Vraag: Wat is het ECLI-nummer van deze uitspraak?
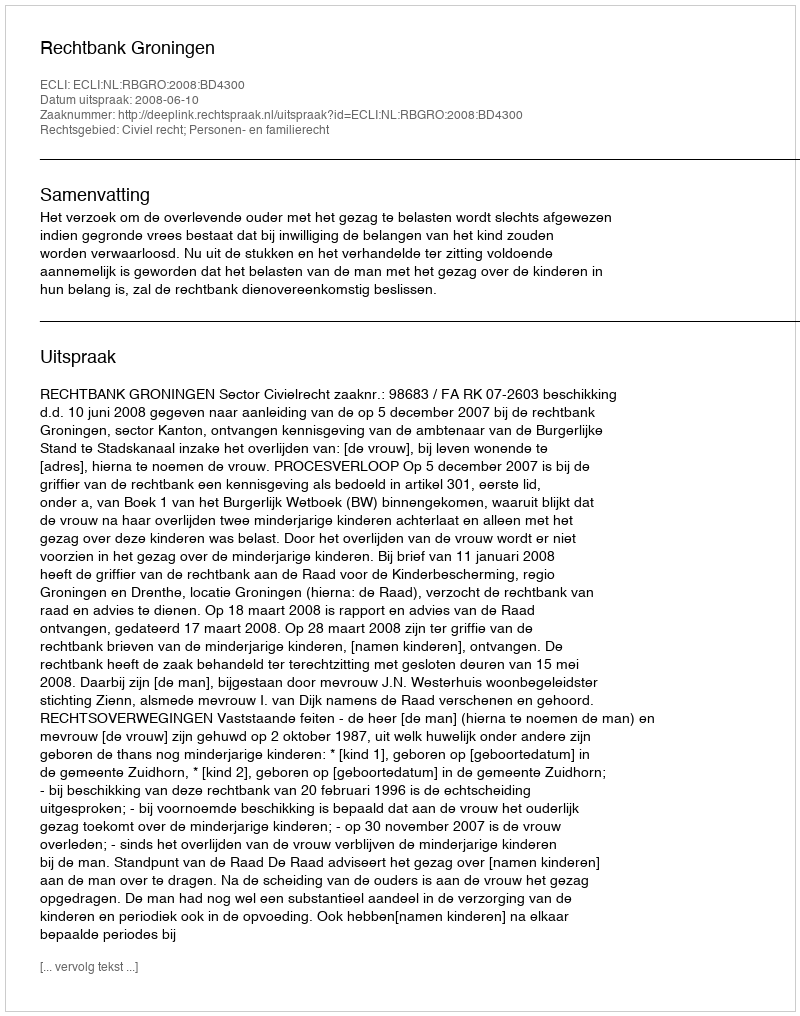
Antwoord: ECLI:NL:RBGRO:2008:BD4300